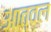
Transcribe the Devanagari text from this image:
आत्वल